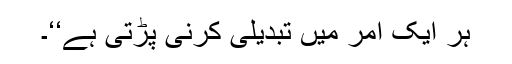
ہر ایک امر میں تبدیلی کرنی پڑتی ہے‘‘۔